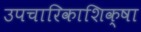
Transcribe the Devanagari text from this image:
उपचारिकाशिक्षा